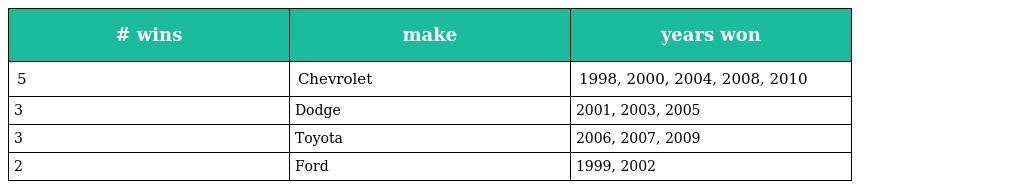
| # wins | make | years won |
 | --- | --- | --- |
 | 5 | Chevrolet | 1998, 2000, 2004, 2008, 2010 |
 | 3 | Dodge | 2001, 2003, 2005 |
 | 3 | Toyota | 2006, 2007, 2009 |
 | 2 | Ford | 1999, 2002 |